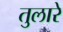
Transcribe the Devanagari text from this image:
तुलारे